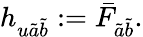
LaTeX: h_{u\tilde{a}\tilde{b}}:=\bar{F}_{\tilde{a}\tilde{b}}.